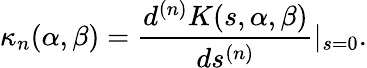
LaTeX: \kappa_{n}(\alpha,\beta)=\frac{d^{(n)}K(s,\alpha,\beta)}{ds^{(n)}}|_{s=0}.